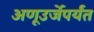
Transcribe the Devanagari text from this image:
अणूउर्जेपर्यंत